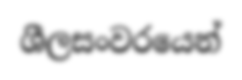
ශීලසංවරයෙන්